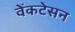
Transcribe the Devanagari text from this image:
वेंकटेसन